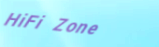
HiFi Zone